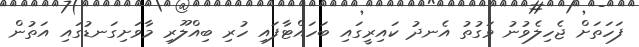
ފަހަތަށް ޖެހިލެވުނު ވަގުތު އެނދު ކައިރީގައި ބަހައްޓާފައި ހުރި ބިއްލޫރި މާވަށިގަނޑުގައި އަތުން